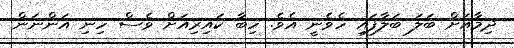
ދިމާއަށް ބަލަ ބަލާފައި ހެވެނީ އެވެ. ހިބާ ކައިރިއަށް ވެސް ހިނި އަންނަން